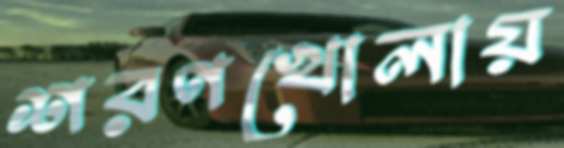
শরণখোলায়